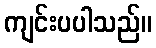
ကျင်းပပါသည်။